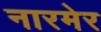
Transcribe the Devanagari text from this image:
नारमेर